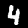
Label: 4